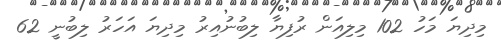
މިދިޔަ މަހު 102 މިލިއަން ރުފިޔާ ލިބުނުއިރު މިދިޔަ އަހަރު ލިބުނީ 62